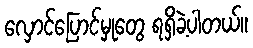
လှောင်ပြောင်မှုတွေ ရရှိခဲ့ပါတယ်။